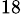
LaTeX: ^{18}